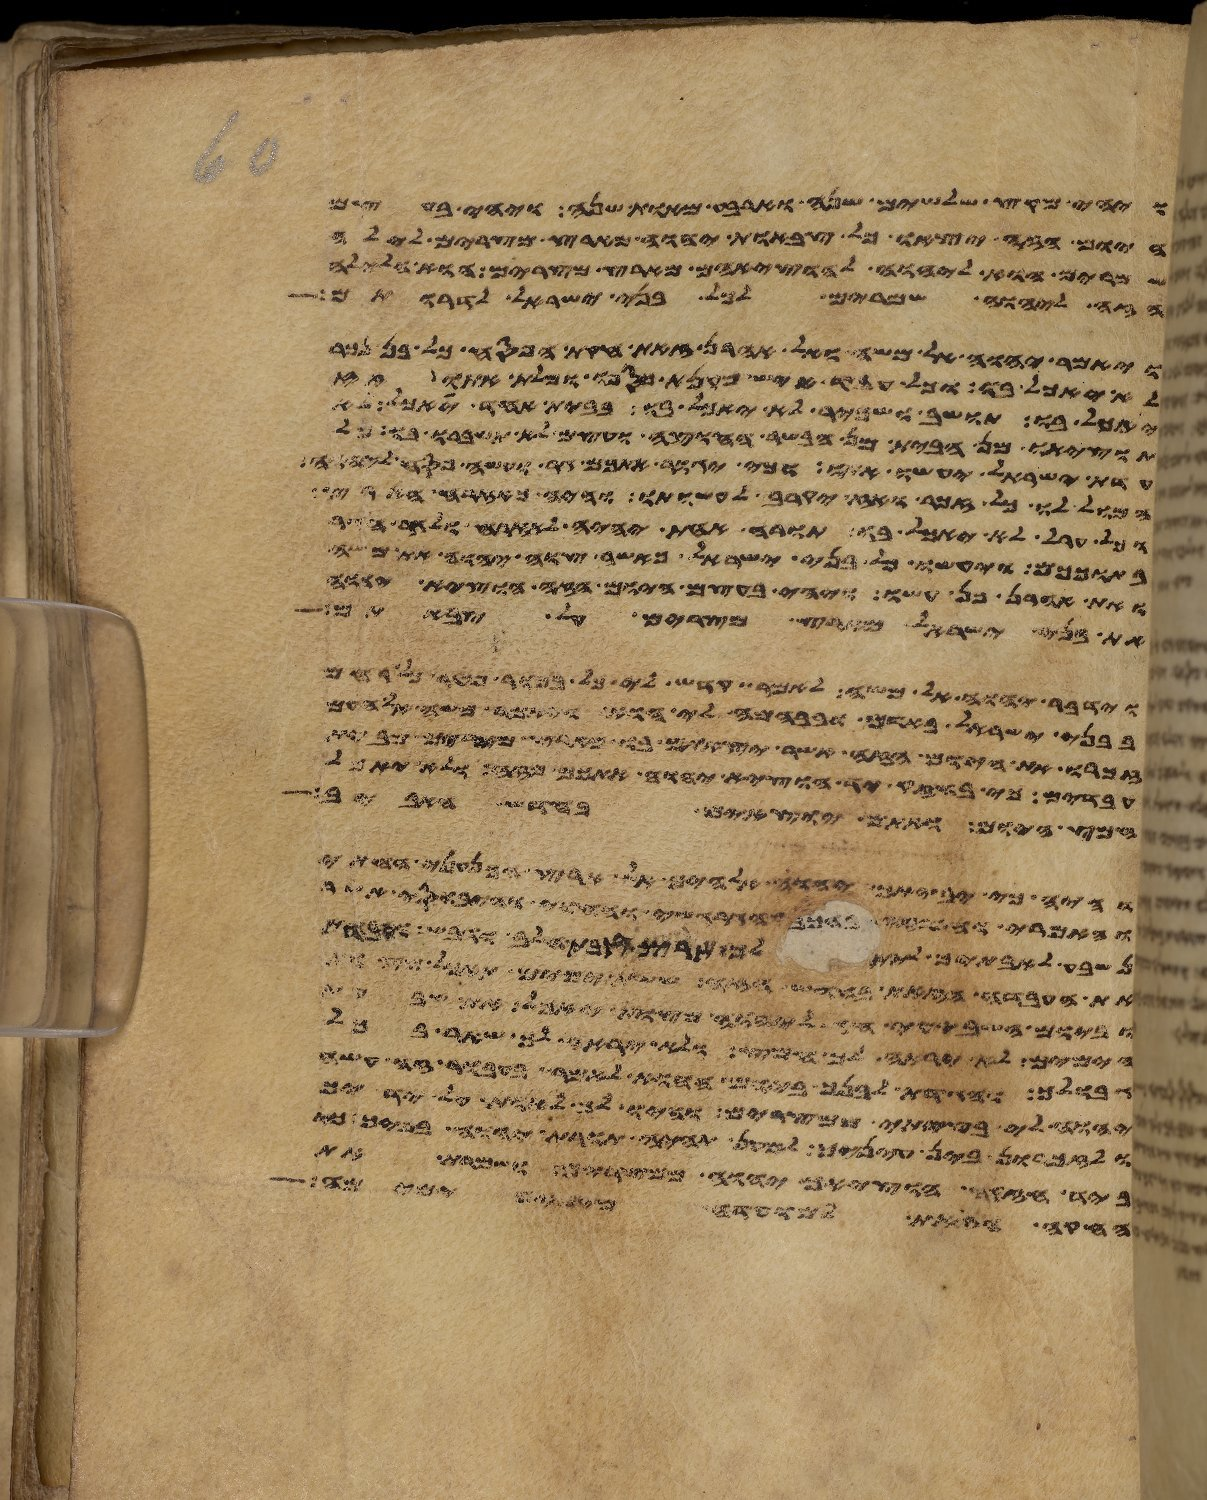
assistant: ויהי מקץ שלשים שנה וארבע מאות שנה ויהי בעצם
היום הזה יצאו כל צבאות יהוה מארץ מצרים לילה
שמרים הוא ליהוה להוציאם מארץ מצרים הוא הלילה
הזה ליהוה שמרים לכל בני ישראל לדרותם
ויאמר יהוה אל משה ואל אהרן זאת חקת הפסח כל בן נכר
לא יאכל בו וכל עבד איש מקנת כספו ומלת אתו
יאכל בו תושב ושכיר לא יאכל בו בבית אחד יאכל לא
תוציאו מן הבית מן הבשר החוצה ועצם לא תשברו בו כל
עדת ישראל יעשו אתו וכי יגור אתכם גר ועשה פסח ליהוה
המול לו כל זכר ואז יקרב לעשותו והיה כאזרח הארץ
וכל ערל לא יאכל בו תורה אחת יהיה לאזרח ולגר הגר
בתוככם ויעשו כל בני ישראל כאשר צוה יהוה את משה
ואת אהרן כן עשו ויהי בעצם היום הזה הוציא יהוה
את בני ישראל מארץ מצרים על צבאתם
וידבר יהוה אל משה לאמר קדש לי כל בכור פטר כל רחם
בבני ישראל באדם ובבהמה לי הוא ויאמר משה אל העם
זכרו את היום הזה אשר יצאתם בו מארץ מצרים מבית
עבדים כי בחזק יד הוציא יהוה אתכם מזה ולא
חמץ היום ואתם יוצאים בחדש האביב
והיה כי יביאך יהוה אלהיך אל ארץ הכנעני החתי
והאמרי והפרזי והגרגשי והחוי והיבוסי אשר
נשבע לאבתיך לתת לך ארץ זבת חלב ודבש ועבדת
את העבדה הזאת בחדש הזה ששת ימים תאכל מצות
וביום השביעי חג ליהוה מצות יאכל את שבעת
הימים לא יראה לך חמץ ולא יראה לך שאר בכל
גבולך והגדת לבנך ביום ההוא לאמר בעבור זה עשה
יהוה לי בצאתי ממצרים והיו לך לאות על ידיך
ולזכרון בין עיניך למען תהיה תורת יהוה בפיך
ביד חזקה הוציאך יהוה ממצרים ושמרת את
החקה הזאת למועדה מימים ימימה